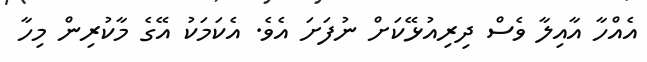
އެއްހާ އާއިލާ ވެސް ދިރިއުޅޭކަށް ނުފަށަ އެވެ. އެކަމަކު އޭގެ މާކުރިން މިހާ